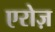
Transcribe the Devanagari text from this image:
एरोज़